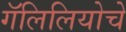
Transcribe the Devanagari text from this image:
गॅलिलियोचे